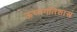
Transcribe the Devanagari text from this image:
ऊष्मगतिशास्त्र